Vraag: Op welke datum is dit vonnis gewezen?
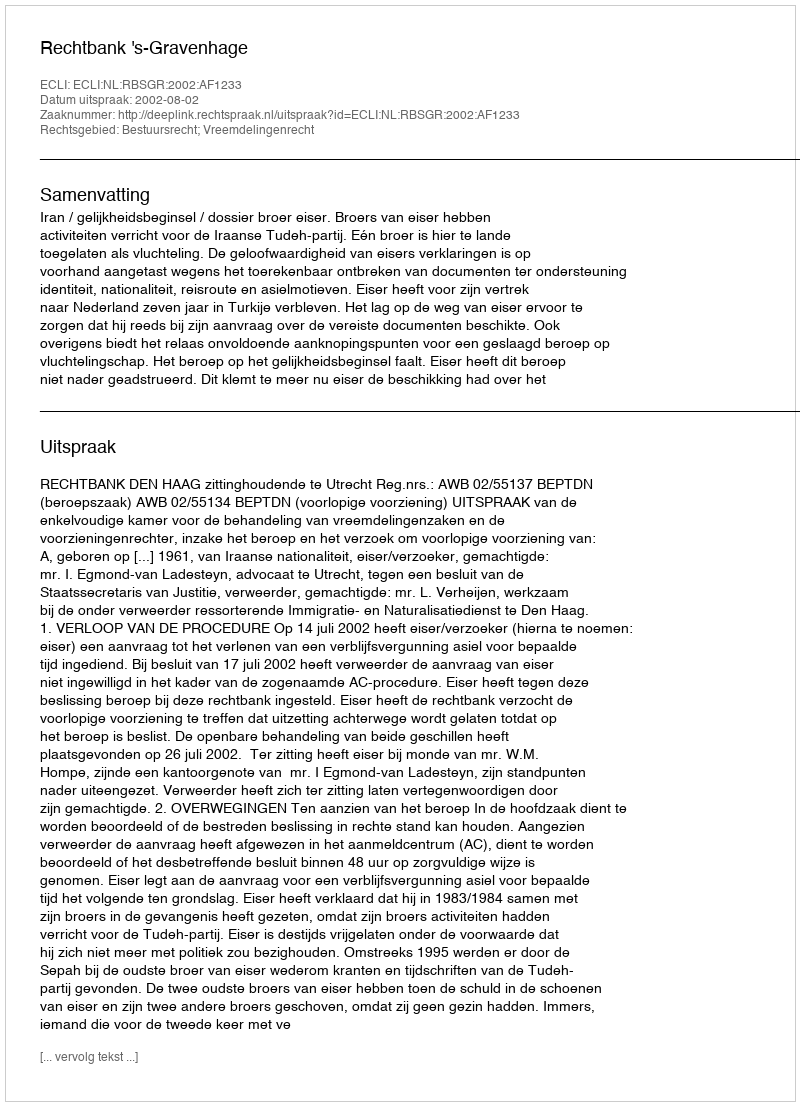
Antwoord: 2002-08-02